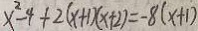
x ^ { 2 } - 4 + 2 ( x + 1 ) ( x + 2 ) = - 8 ( x + 1 )